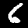
Digit: 6